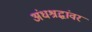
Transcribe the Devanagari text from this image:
अंधश्रद्धांवर